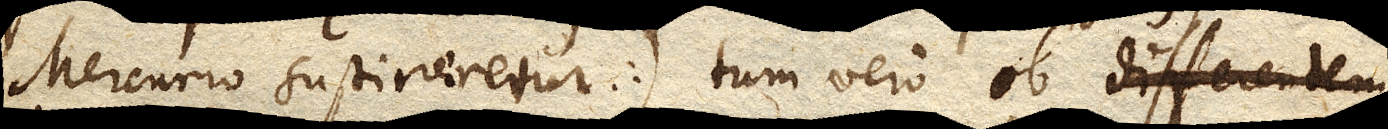
Mercurio sustineretur) tum vero ob differentem